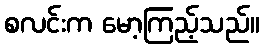
စလင်းက မော့ကြည့်သည်။